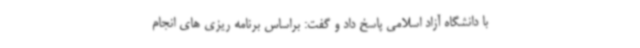
با دانشگاه آزاد اسلامی پاسخ داد و گفت: براساس برنامه ریزی های انجام